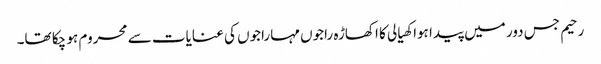
رحیم جس دور میں پیدا ہوا کھیالی کا اکھاڑہ راجوں مہاراجوں کی عنایات سے محروم ہو چکا تھا۔